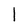
Character: l